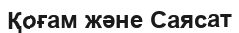
Қоғам және Саясат